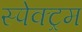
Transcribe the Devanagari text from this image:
स्पेक्‍ट्रम